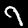
Label: 9